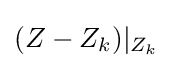
(Z-Z_{k})|_{Z_{k}}